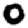
Digit: 0